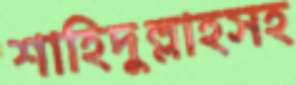
শাহিদুল্লাহসহ